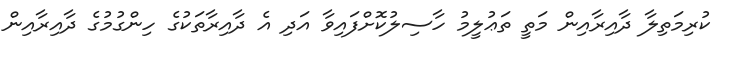
ކުރިމަތިލާ ދާއިރާއިން މަތީ ތަޢުލީމު ހާސިލުކޮށްފައިވާ އަދި އެ ދާއިރާތަކުގެ ހިންގުމުގެ ދާއިރާއިން